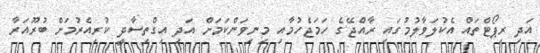
އަދި ރިޕޯޓްތައް އެކުލަވާލުމުގައި ރާއްޖޭގެ ހަމަޖެހުމާއި މިނިވަންކަމަށް އަދި އިގްތިސާދީ ކުރިއެރުމަށް ބުރޫއަރާ